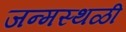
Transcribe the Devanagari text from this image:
जन्मस्थळी